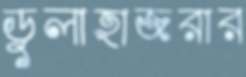
ডুলাহাজরার